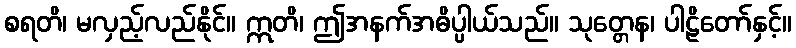
စရတိ၊ မလှည့်လည်နိုင်။ ဣတိ၊ ဤအနက်အဓိပ္ပါယ်သည်။ သုတ္တေန၊ ပါဠိတော်နှင့်။